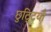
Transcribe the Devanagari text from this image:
छुटि्टयाँ